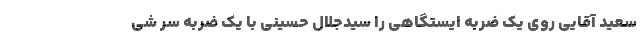
سعید آقایی روی یک ضربه ایستگاهی را سیدجلال حسینی با یک ضربه سر شی